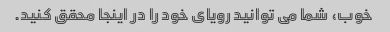
خوب، شما می توانید رویای خود را در اینجا محقق کنید.